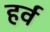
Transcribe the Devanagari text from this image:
हर्व